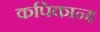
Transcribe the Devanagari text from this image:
कपिकान्ह